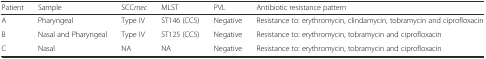
<table><thead><tr><td><b>Patient</b></td><td><b>Sample</b></td><td><b>SCC<i>mec</i></b></td><td><b>MLST</b></td><td><b>PVL</b></td><td><b>Antibiotic resistance pattern</b></td></tr></thead><tbody><tr><td>A</td><td>Pharyngeal</td><td>Type IV</td><td>ST146 (CC5)</td><td>Negative</td><td>Resistance to: erythromycin, clindamycin, tobramycin and ciprofloxacin</td></tr><tr><td>B</td><td>Nasal and Pharyngeal</td><td>Type IV</td><td>ST125 (CC5)</td><td>Negative</td><td>Resistance to: erythromycin, tobramycin and ciprofloxacin</td></tr><tr><td>C</td><td>Nasal</td><td>NA</td><td>NA</td><td>Negative</td><td>Resistance to: erythromycin, tobramycin and ciprofloxacin</td></tr></tbody></table>